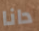
دانا